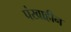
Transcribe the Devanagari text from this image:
पंखाहीन